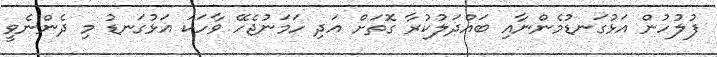
ފުލުހުން އަޅުގަނޑުމެންނާއި ބައްދަލުކުރާ ގޮތަށް އަދި ހަމަނުޖެހޭ ވާހަކަ އަޅުގަނޑު މި ދެންނެވީ